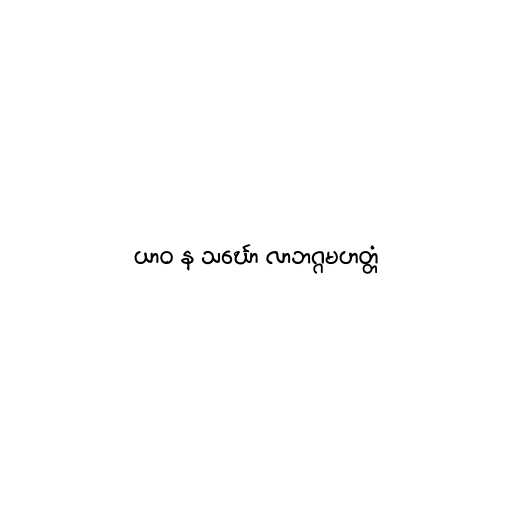
ယာဝ န သင်္ဃော လာဘဂ္ဂမဟတ္တံ